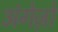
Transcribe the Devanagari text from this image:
अंगेज़ो